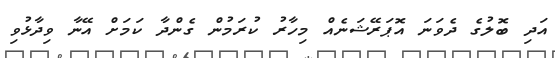
އަދި ބޮލުގެ ދެވަނަ އޮޕަރޭޝަނެއް މިހާރު ކުރަމުން ގެންދާ ކަމަށް އޭނާ ވިދާޅުވި